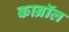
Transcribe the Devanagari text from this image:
काब्रॉल